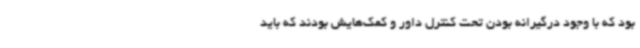
بود که با وجود درگیرانه بودن تحت کنترل داور و کمک‌هایش بودند که باید